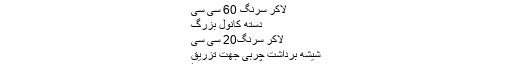
رابط سرنگ
لاکر سرنگ 60 سی سی
دسته کانول بزرگ
لاکر سرنگ20 سی سی
شیشه برداشت چربی جهت تزریق
ارلن مایر خلأ